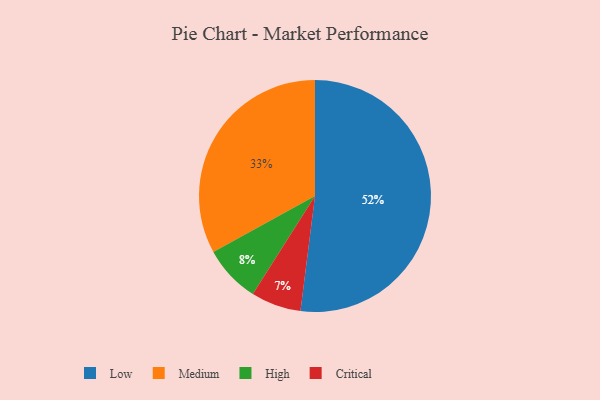
{"axis": {"x": "Category", "y": "Percentage"}, "legend": ["Critical", "High", "Low", "Medium"], "data": [{"x": "Critical", "y": 7, "type": "Critical"}, {"x": "Medium", "y": 33, "type": "Medium"}, {"x": "Low", "y": 52, "type": "Low"}, {"x": "High", "y": 8, "type": "High"}]}